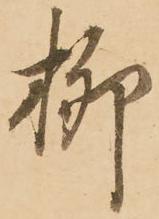
柳